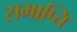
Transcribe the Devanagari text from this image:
समाप्‍ति